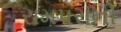
રામપરાની